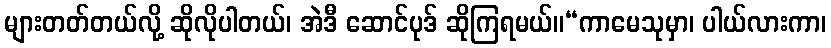
များတတ်တယ်လို့ ဆိုလိုပါတယ်၊ အဲဒီ ဆောင်ပုဒ် ဆိုကြရမယ်။“ကာမေသုမှာ၊ ပါယ်လားကာ၊